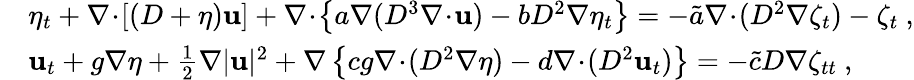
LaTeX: \begin{array}{rl}&{\eta_{t}+\nabla\! \cdot\! [(D+\eta)\mathbf{u}]+\nabla\! \cdot\! \left\{ a\nabla(D^{3}\nabla\! \cdot\! \mathbf{u})-bD^{2}\nabla\eta_{t}\right\} =-\tilde{a}\nabla\! \cdot\! (D^{2}\nabla\zeta_{t})-\zeta_{t}\ ,}\\ &{\mathbf{u}_{t}+g\nabla\eta+\frac{1}{2}\nabla|\mathbf{u}|^{2}+\nabla\left\{ cg\nabla\! \cdot\! (D^{2}\nabla\eta)-d\nabla\! \cdot\! (D^{2}\mathbf{u}_{t})\right\} =-\tilde{c}D\nabla\zeta_{tt}\ ,}\end{array}